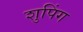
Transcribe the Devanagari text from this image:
शुपिंग